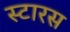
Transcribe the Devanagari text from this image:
स्टारस